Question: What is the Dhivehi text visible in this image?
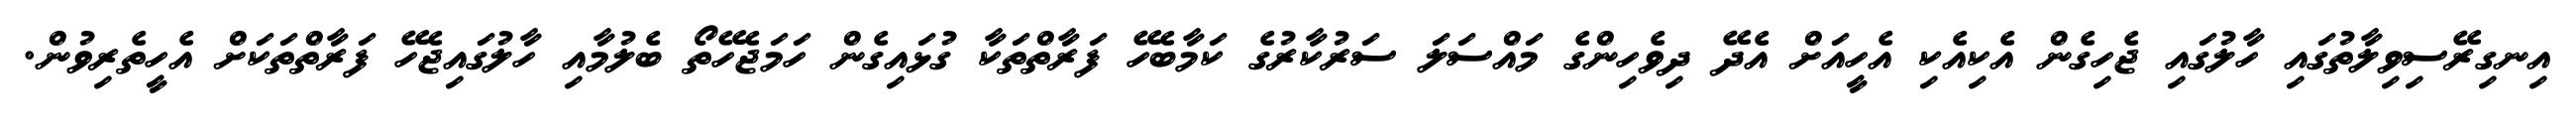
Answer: އިނގިރޭސިވިލާތުގައި ހާލުގައި ޖެހިގެން އެކިއެކި އެހީއަށް އެދޭ ދިވެހިންގެ މައްސަލަ ސަރުކާރުގެ ކަމާބެހޭ ފަރާތްތަކާ ގުޅައިގެން ހަމަޖެހޭތޯ ބެލުމާއި ހާލުގައިޖެހޭ ފަރާތްތަކަށް އެހީތެރިވުން.